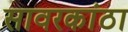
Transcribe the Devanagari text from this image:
सावरकांठा